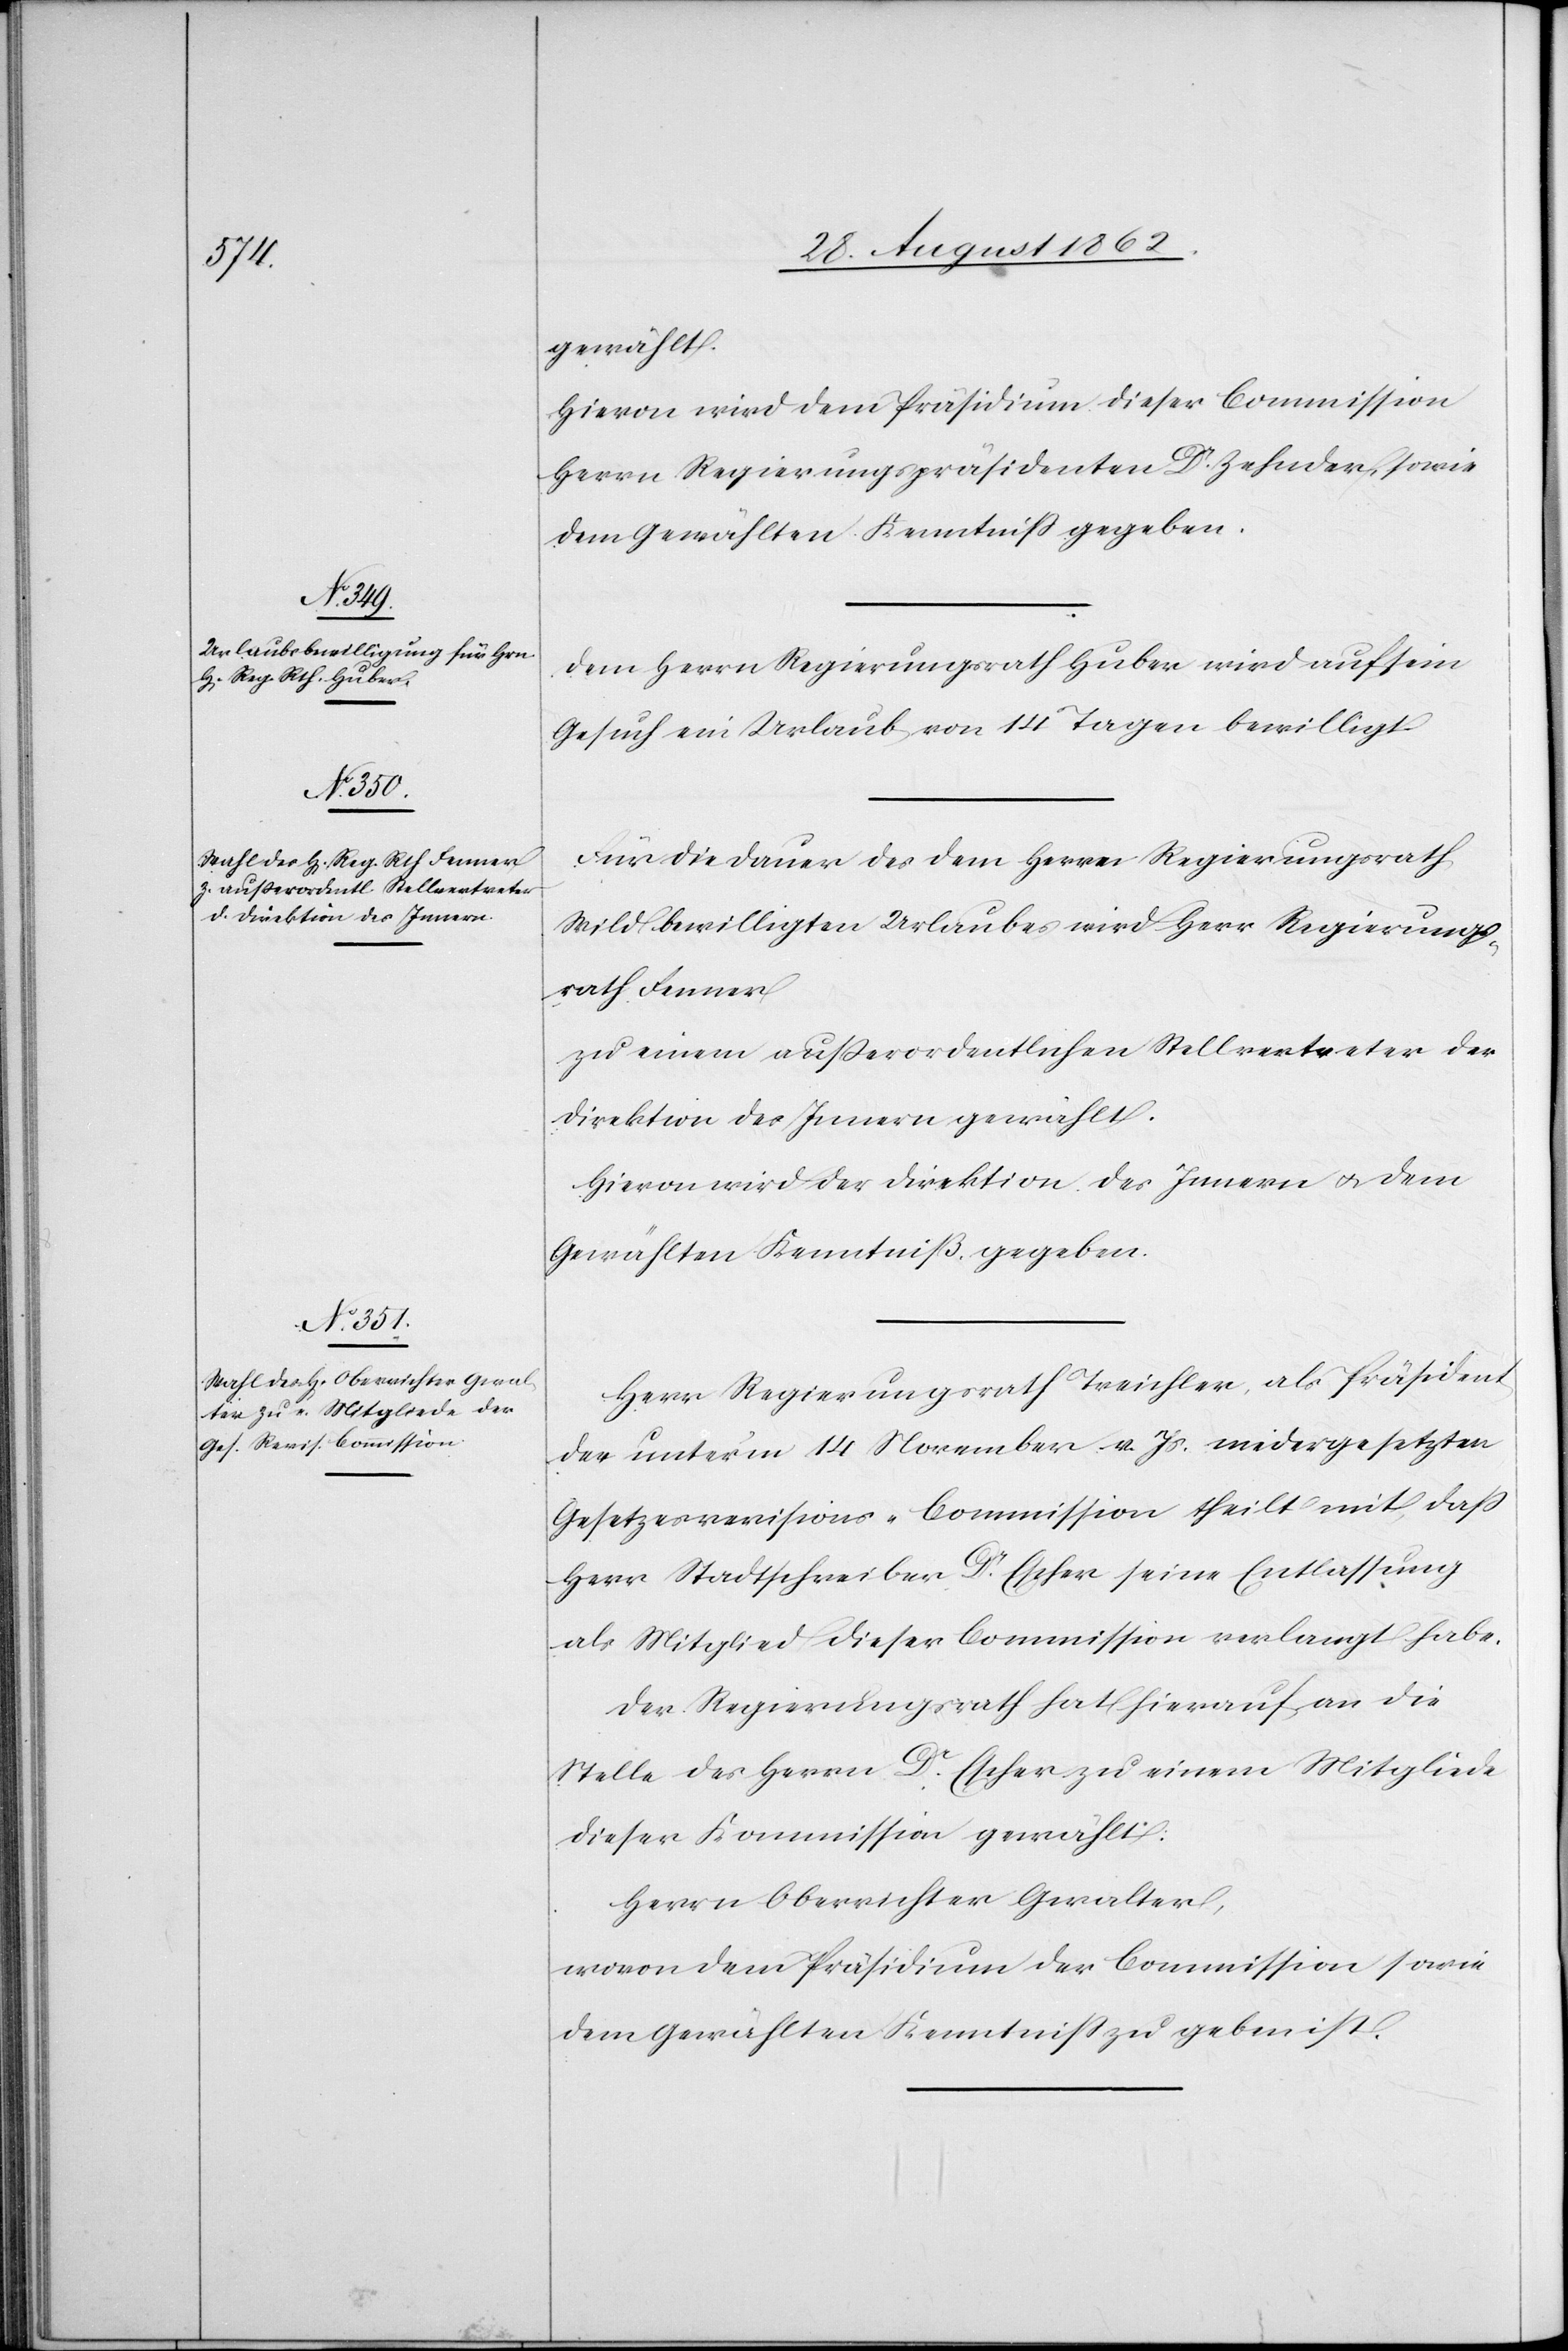
gewählt.
Hievon wird dem Präsidium dieser Commission
Herrn Regierungspräsidenten Dr. Zehnder, sowie
dem Gewählten Kenntniß gegeben.
Dem Herrn Regierungsrath Huber wird auf sein
Gesuch ein Urlaub von 14 Tagen bewilligt.
Für die Dauer des dem Herrn Regierungsrath
Wild bewilligten Urlaubes wird Herr Regierungs¬
rath Fenner
zu einem außerordentlichen Stellvertreter der
Direktion des Innern gewählt.
Hievon wird der Direktion des Innern u. dem
Gewählten Kenntniß gegeben.
Herr Regierungsrath Treichler, als Präsident
der unter’m 14. November v. Js. niedergesetzten
Gesetzesrevisions-Commission theilt mit, daß
Herr Stadtschreiber Dr. Escher seine Entlassung
als Mitglied dieser Commission verlangt habe.
Der Regierungsrath hat hierauf an die
Stelle des Herrn Dr. Escher zu einem Mitgliede
dieser Kommission gewählt:
Herrn Oberrichter Gwalter,
wovon dem Präsidium der Commission sowie
dem Gewählten Kenntniß zu geben ist.